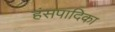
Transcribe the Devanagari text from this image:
हंसपादिका